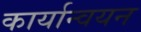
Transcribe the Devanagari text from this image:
कार्यान्‍वयन